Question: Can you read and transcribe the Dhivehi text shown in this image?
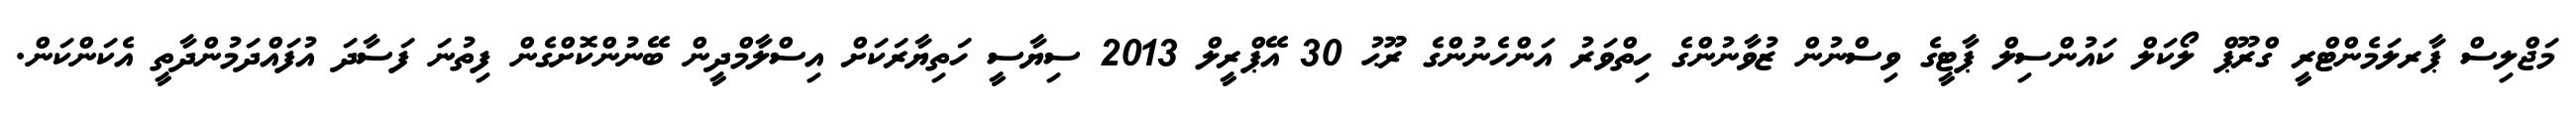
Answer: މަޖްލިސް ޕާރލަމެންޓްރީ ގްރޫޕް ލޯކަލް ކައުންސިލް ޕާޓީގެ ވިސްނުން ޒުވާނުންގެ ހިތްވަރު އަންހެނުންގެ ރޫޙު 30 އޭޕްރީލް 2013 ސިޔާސީ ހަތިޔާރަކަށް އިސްލާމްދީން ބޭނުންކޮށްގެން ފިތުނަ ފަސާދަ އުފައްދަމުންދާތީ އެކަންކަން.